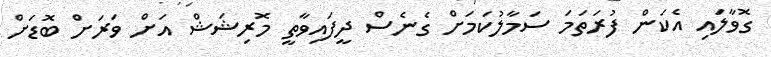
ގޮވާލައި އެކަން ފުރަތަމަ ސަމާލުކަމަށް ގެނެސް ދީފައިވާތީ މޮރިޝަޝް އަށް ވަރަށް ބޮޑަށް